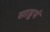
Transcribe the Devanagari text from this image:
साडूपं